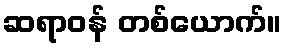
ဆရာဝန် တစ်ယောက်။